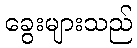
ခွေးများသည်